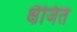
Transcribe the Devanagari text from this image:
क्षैजित